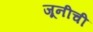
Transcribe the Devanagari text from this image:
जूनीची